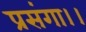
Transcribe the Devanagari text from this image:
प्रसंगा।।